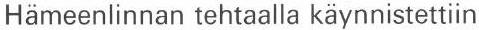
Hämeenlinnan tehtaalla käynnistettiin